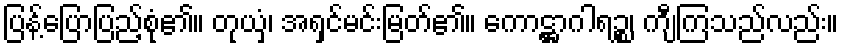
ပြန့်ပြောပြည့်စုံ၏။ တုယှံ၊ အရှင်မင်းမြတ်၏။ ကောဋ္ဌာဂါရဉ္စ၊ ကျီကြသည်လည်း။